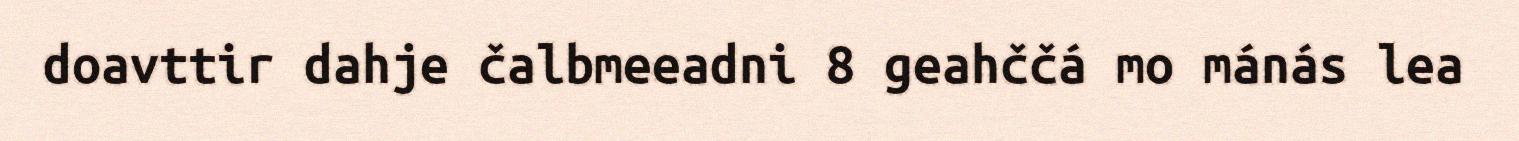
doavttir dahje čalbmeeadni 8 geahččá mo mánás lea